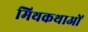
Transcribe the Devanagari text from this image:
मिथकथाओं